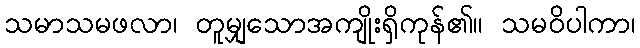
သမာသမဖလာ၊ တူမျှသောအကျိုးရှိကုန်၏။ သမဝိပါကာ၊